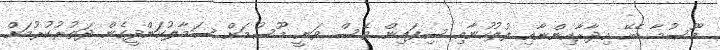
މޫސުމާ ބެހޭ އިދާރާއިންނާއި ފުލުހުނާއި ސިފައިން ވެސް ވަނީ މޫސުމަށް ސަމާލުކަންދީގެން ދަތުރުކުރުމަށް